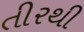
તીરથી